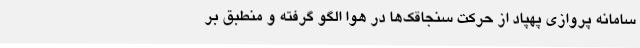
سامانه پروازی پهپاد از حرکت سنجاقک‌ها در هوا الگو گرفته و منطبق بر